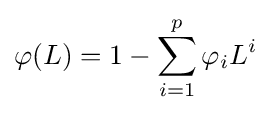
\varphi (L)=1-\sum _{i=1}^{p}\varphi _{i}L^{i}